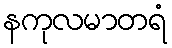
နကုလမာတရံ